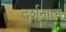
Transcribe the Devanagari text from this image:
दर्शनात्म